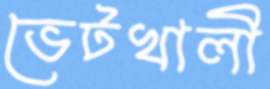
ভেটখালী